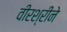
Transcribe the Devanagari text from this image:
वीरश्रीने